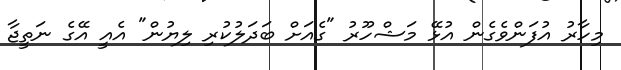
މިހާރު އުފަންވެގެން އުޅޭ މަޝްހޫރު "ގެއަށް ބަދަލުކުރި ލިޔުން" އެއީ އޭގެ ނަތީޖާ